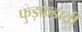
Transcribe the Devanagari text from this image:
फड़फड़ाती